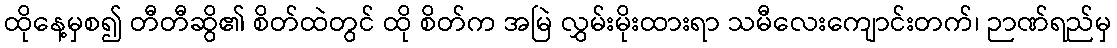
ထိုနေ့မှစ၍ တီတီဆွိ၏ စိတ်ထဲတွင် ထို စိတ်က အမြဲ လွှမ်းမိုးထားရာ သမီလေးကျောင်းတက်၊ ဉာဏ်ရည်မှ